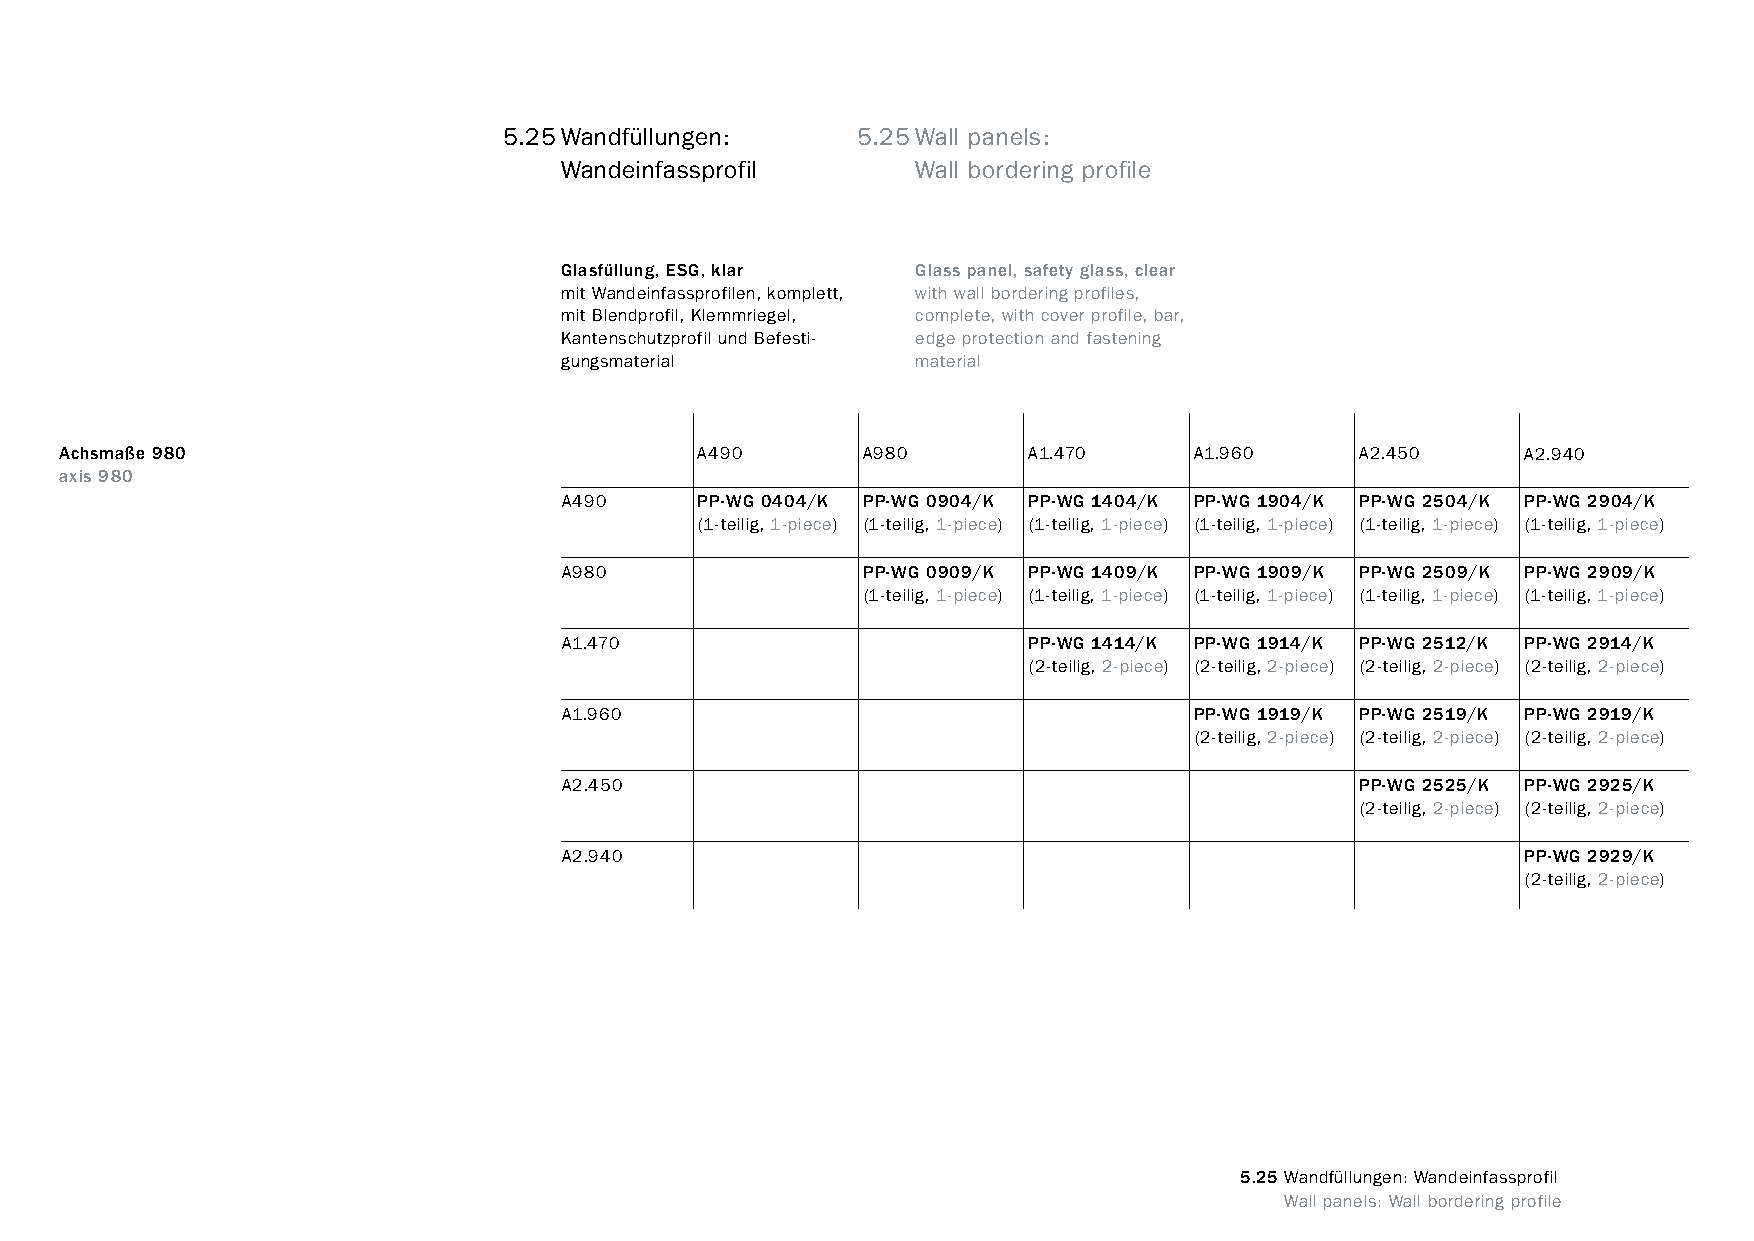
constructivpila petite       5.25Wandfüllungen:      5.25Wall panels:
 Wandeinfassprofil       Wall bordering profile
 Glasfüllung, ESG, klar  Glass panel, safety glass, clear
 mit Wandeinfassprofilen, komplett, with wall bordering profiles,
 mit Blendprofil, Klemmriegel, complete, with cover profile, bar,
 Kantenschutzprofil und Befesti- edge protection and fastening
 gungsmaterial           material
 Achsmaße 980                              A490       A980       A1.470     A1.960     A2.450     A2.940
 axis 980
 A490     PP-WG 0404/K PP-WG 0904/K PP-WG 1404/K PP-WG 1904/K PP-WG 2504/K PP-WG 2904/K
 (1-teilig, 1-piece) (1-teilig, 1-piece) (1-teilig, 1-piece) (1-teilig, 1-piece) (1-teilig, 1-piece) (1-teilig, 1-piece)
 A980                PP-WG 0909/K PP-WG 1409/K PP-WG 1909/K PP-WG 2509/K PP-WG 2909/K
 (1-teilig, 1-piece) (1-teilig, 1-piece) (1-teilig, 1-piece) (1-teilig, 1-piece) (1-teilig, 1-piece)
 A1.470                         PP-WG 1414/K PP-WG 1914/K PP-WG 2512/K PP-WG 2914/K
 (2-teilig, 2-piece) (2-teilig, 2-piece) (2-teilig, 2-piece) (2-teilig, 2-piece)
 A1.960                                    PP-WG 1919/K PP-WG 2519/K PP-WG 2919/K
 (2-teilig, 2-piece) (2-teilig, 2-piece) (2-teilig, 2-piece)
 A2.450                                               PP-WG 2525/K PP-WG 2925/K
 (2-teilig, 2-piece) (2-teilig, 2-piece)
 A2.940                                                          PP-WG 2929/K
 (2-teilig, 2-piece)
 5.25 Wandfüllungen: Wandeinfassprofil
 www.burkhardtleitner.de                                                          Wall panels: Wall bordering profile